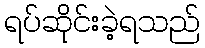
ရပ်ဆိုင်းခဲ့ရသည်